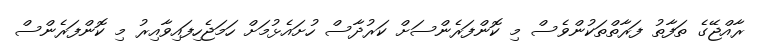
ރާއްޖޭގެ ތަފާތު ފަރާތްތަކުންވެސް މި ކޮންފަރެންސަށް ކަރުދާސް ހުށައެޅުމަށް ހަމަޖެހިފައިވާއިރު މި ކޮންފަރެންސް